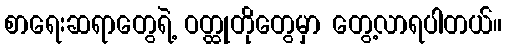
စာရေးဆရာတွေရဲ့ ဝတ္ထုတိုတွေမှာ တွေ့လာရပါတယ်။